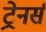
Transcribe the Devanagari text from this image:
ट्रेनर्स